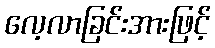
လေ့လာခြင်းအားဖြင့်